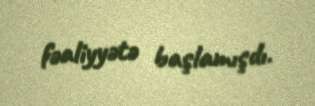
fəaliyyətə başlamışdı.